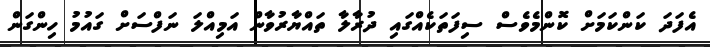
އެފަދަ ކަންކަމަށް ކޮންމެވެސް ސިފަތަކެއްގައި ދުރާލާ ތައްޔާރުވާން އަމިއްލަ ނަފްސަށް ގައުމު ހިންގަން